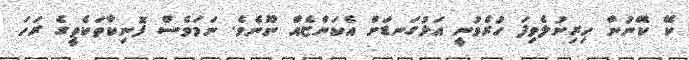
ކޭ ކޭނުން ހިރިނުލެވިފަ ހުރެވުނީ އަޅުގަނޑަށް އެކަންޏެއް ނޫނެވެ. ނަމަވެސް ފޮނިކާތަކެތީގެ ރަހަ